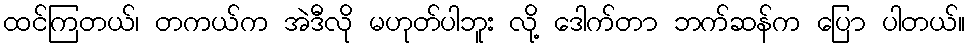
ထင်ကြတယ်၊ တကယ်က အဲဒီလို မဟုတ်ပါဘူး လို့ ဒေါက်တာ ဘက်ဆန်က ပြော ပါတယ်။